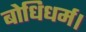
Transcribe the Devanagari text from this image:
बोधिधर्म।